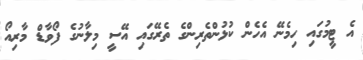
އެ ޓީމުގައި ހިމެނޭ އެހެން ކުޅުންތެރިންގެ ތެރޭގައި އޭސީ މިލާނުގެ ފޯވާޑް މާރިއޯ